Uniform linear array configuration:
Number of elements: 4
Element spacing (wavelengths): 0.25
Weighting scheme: blackman
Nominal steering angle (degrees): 45
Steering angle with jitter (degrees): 43.581
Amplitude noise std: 0.05
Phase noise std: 0.05

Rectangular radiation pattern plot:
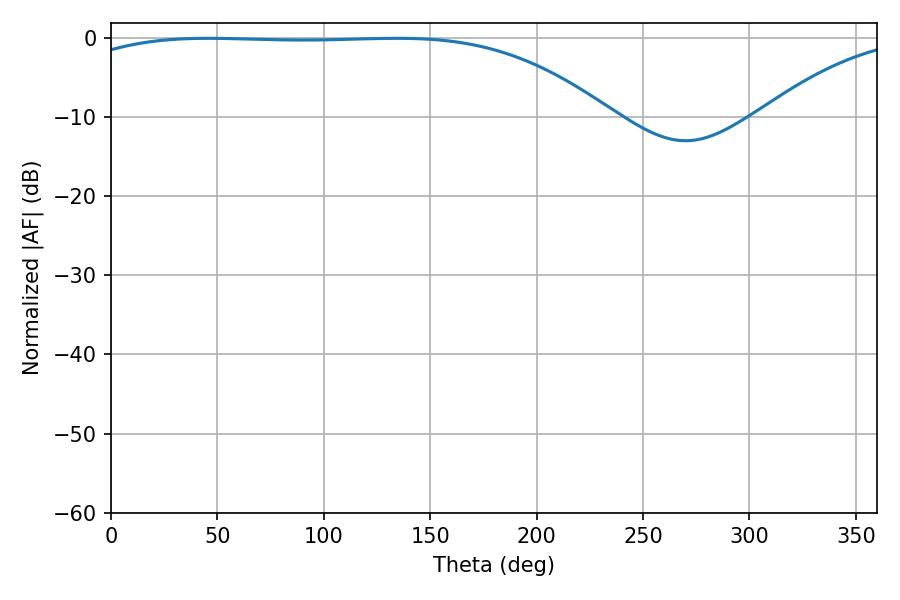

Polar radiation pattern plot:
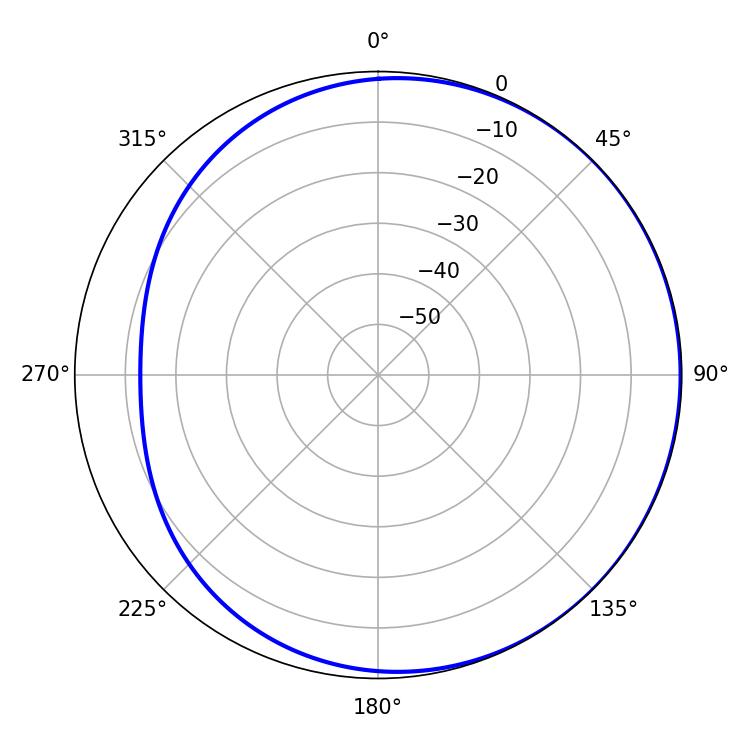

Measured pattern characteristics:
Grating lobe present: FALSE
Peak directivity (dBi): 0.9594
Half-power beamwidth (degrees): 196.56
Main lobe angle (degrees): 45.72